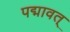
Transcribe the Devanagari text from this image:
पद्मावत्